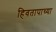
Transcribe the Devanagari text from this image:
हिवतापाच्या